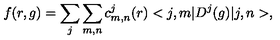
f ( r , g ) = \sum _ { j } \sum _ { m , n } c _ { m , n } ^ { j } ( r ) < j , m | D ^ { j } ( g ) | j , n > ,